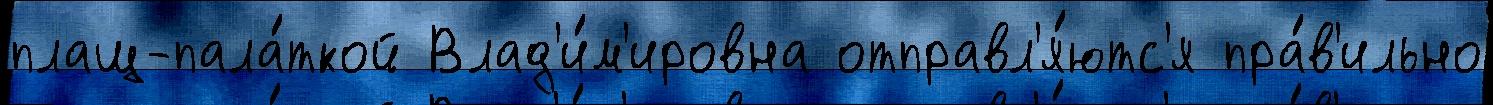
плащ-пала́ткой Влад'и́м'ировна отправл'я́ютс'я пра́в'ильно